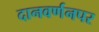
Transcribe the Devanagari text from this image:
दानवर्णनपर